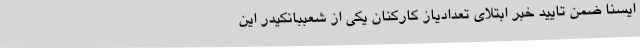
ایسنا ضمن تایید خبر ابتلای تعدادیاز کارکنان یکی از شعببانکیدر این